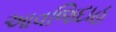
આવજિદાહ